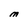
Character: M